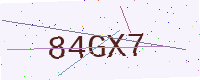
Text: 84GX7